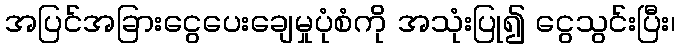
အပြင်အခြားငွေပေးချေမှုပုံစံကို အသုံးပြု၍ ငွေသွင်းပြီး၊